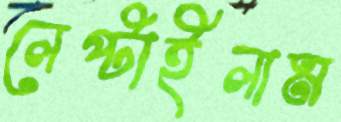
লেপ্‌টাইলাম